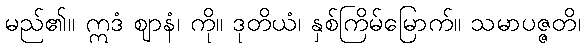
မည်၏။ ဣဒံ ဈာနံ၊ ကို။ ဒုတိယံ၊ နှစ်ကြိမ်မြောက်။ သမာပဇ္ဇတိ၊